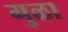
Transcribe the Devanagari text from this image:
गुळा